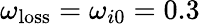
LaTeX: \omega_{\mathrm{loss}}=\omega_{i0}=0.3